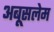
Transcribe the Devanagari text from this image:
अबूसलेम